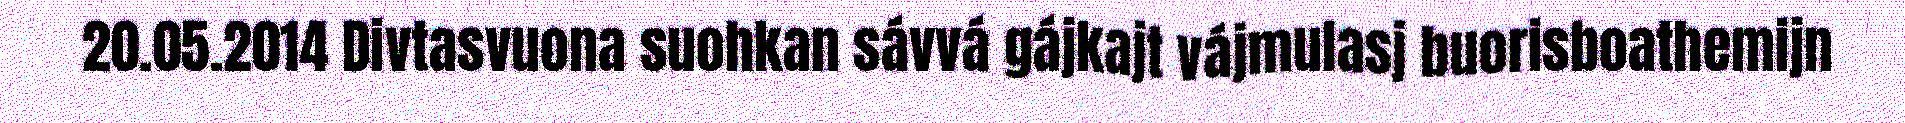
20.05.2014 Divtasvuona suohkan sávvá gájkajt vájmulasj buorisboathemijn